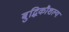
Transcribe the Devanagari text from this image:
बुद्धिकौशल्य